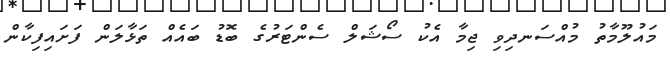
މައުލޫމާތު މުއްސަނދިވި ޖިމާ އެކު ސޯޝަލް ސެންޓަރުގެ ބޮޑު ބައެއް ތަޅާލަން ފަށައިފިކާން